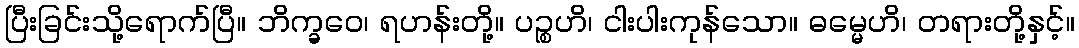
ပြီးခြင်းသို့ရောက်ပြီ။ ဘိက္ခဝေ၊ ရဟန်းတို့။ ပဉ္စဟိ၊ ငါးပါးကုန်သော။ ဓမ္မေဟိ၊ တရားတို့နှင့်။